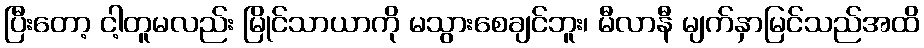
ပြီးတော့ ငါ့တူမလည်း မြိုင်သာယာကို မသွားစေချင်ဘူး၊ မီလာနီ မျက်နှာမြင်သည်အထိ